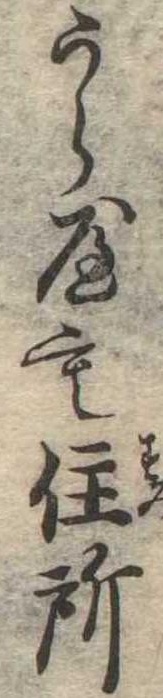
うら屋も住所